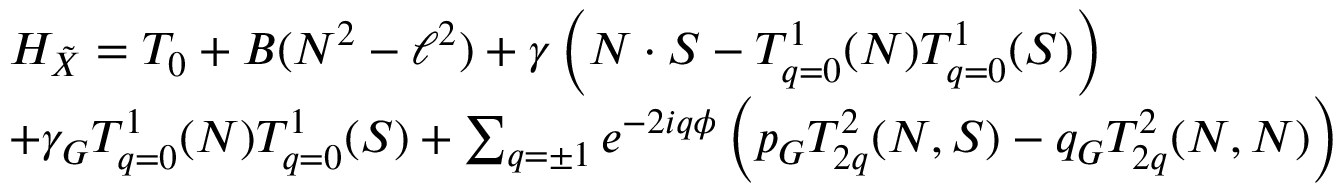
\begin{array} { r l } & { H _ { \tilde { X } } = T _ { 0 } + B ( N ^ { 2 } - \ell ^ { 2 } ) + \gamma \left( N \cdot S - T _ { q = 0 } ^ { 1 } ( N ) T _ { q = 0 } ^ { 1 } ( S ) \right) } \\ & { + \gamma _ { G } T _ { q = 0 } ^ { 1 } ( N ) T _ { q = 0 } ^ { 1 } ( S ) + \sum _ { q = \pm 1 } e ^ { - 2 i q \phi } \left( p _ { G } T _ { 2 q } ^ { 2 } ( N , S ) - q _ { G } T _ { 2 q } ^ { 2 } ( N , N ) \right) } \end{array}